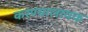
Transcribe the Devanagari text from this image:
करण्यालायक